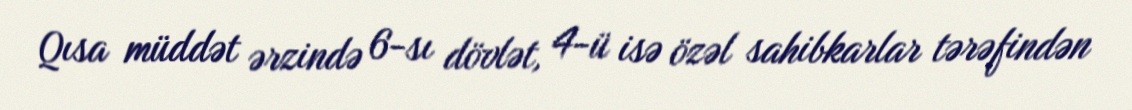
Qısa müddət ərzində 6-sı dövlət, 4-ü isə özəl sahibkarlar tərəfindən